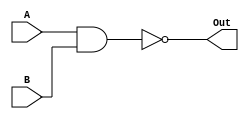
module NandGate (A, B , Out);

	input A, B ;
	output Out ;

	assign Out = ~(A & B);


endmodule